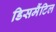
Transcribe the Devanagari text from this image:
डिसमैंटिल